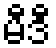
မီဒီ